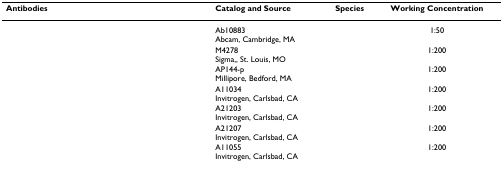
<table><thead><tr><td><b>Antibodies</b></td><td><b>Catalog and Source</b></td><td><b>Species</b></td><td><b>Working Concentration</b></td></tr></thead><tbody><tr><td>[EMPTY_CELL]</td><td>Ab10883Abcam, Cambridge, MA</td><td>[EMPTY_CELL]</td><td>1:50</td></tr><tr><td>[EMPTY_CELL]</td><td>M4278Sigma,, St. Louis, MO</td><td>[EMPTY_CELL]</td><td>1:200</td></tr><tr><td>[EMPTY_CELL]</td><td>AP144-pMillipore, Bedford, MA</td><td>[EMPTY_CELL]</td><td>1:200</td></tr><tr><td>[EMPTY_CELL]</td><td>A11034Invitrogen, Carlsbad, CA</td><td>[EMPTY_CELL]</td><td>1:200</td></tr><tr><td>[EMPTY_CELL]</td><td>A21203Invitrogen, Carlsbad, CA</td><td>[EMPTY_CELL]</td><td>1:200</td></tr><tr><td>[EMPTY_CELL]</td><td>A21207Invitrogen, Carlsbad, CA</td><td>[EMPTY_CELL]</td><td>1:200</td></tr><tr><td>[EMPTY_CELL]</td><td>A11055Invitrogen, Carlsbad, CA</td><td>[EMPTY_CELL]</td><td>1:200</td></tr></tbody></table>